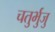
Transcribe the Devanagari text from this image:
चतुर्भुजु